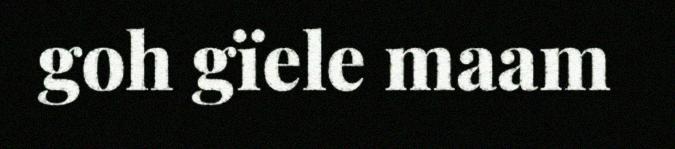
goh gïele maam